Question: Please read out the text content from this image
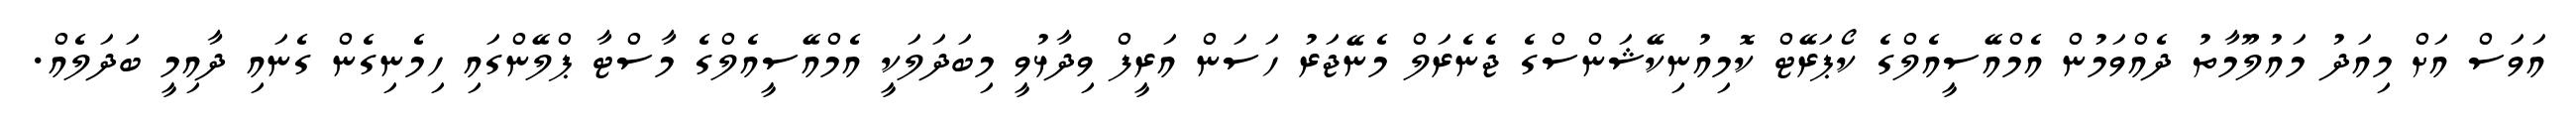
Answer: އަވަސް އަށް މިއަދު މައުލޫމާތު ދެއްވަމުން އެމްއޭސީއެލްގެ ކޯޕަރޭޓް ކޮމިއުނިކޭޝަންސްގެ ޖެނެރަލް މެނޭޖަރު ހަސަން އަރީފް ވިދާޅުވީ މިބަދަލަކީ އެމްއޭސީއެލްގެ މާސްޓާ ޕްލޭންގައި ހިމެނިގެން ގެނައި ދާއިމީ ބަދަލެއް.